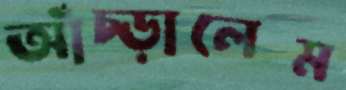
আঁচ্‌ড়ালেম